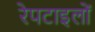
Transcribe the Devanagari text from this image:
रेपटाइलों